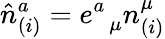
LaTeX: {\hat{n}}_{(i)}^{a}=e_{\; \; \mu}^{a}n_{(i)}^{\mu}